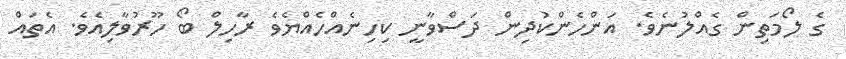
ގެ ލޯމަތިން ގެއްލުނެވެ. އަންހެންކުދިން ދަސްވާނީ ކިހިނެއްހެއްޔެވެ ރާހިލް ބޯ ހޫރުވާލިއެވެ. އެތައް